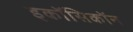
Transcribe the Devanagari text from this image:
इकॉसिकॉन